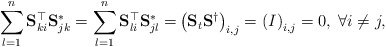
\begin{align*}\sum_{l = 1}^{n} \mathbf{S}^{\top}_{ki} \mathbf{S}^{*}_{jk} = \sum_{l = 1}^{n} \mathbf{S}^{\top}_{li} \mathbf{S}^{*}_{jl} = & \left(\mathbf{S}_t\mathbf{S}^{\dagger}\right)_{i,j} = \left(I\right)_{i,j} = 0, \; \forall i \neq j ,\end{align*}